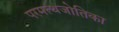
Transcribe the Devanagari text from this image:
परमत्थजोतिका